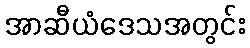
အာဆီယံဒေသအတွင်း